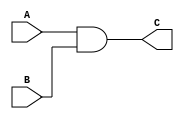
`timescale 1ns / 1ps
//////////////////////////////////////////////////////////////////////////////////
// Company: 
// Engineer: 
// 
// Design Name: 
// Module Name: test_and
// Project Name: 
// Target Devices: 
// Tool Versions: 
// Description: 
// 
// Dependencies: 
// 
// Revision:
// Revision 0.01 - File Created
// Additional Comments:
// 
//////////////////////////////////////////////////////////////////////////////////


module test_and(
    input A,
    input B,
    output C
    );
    assign C=A&B;
endmodule